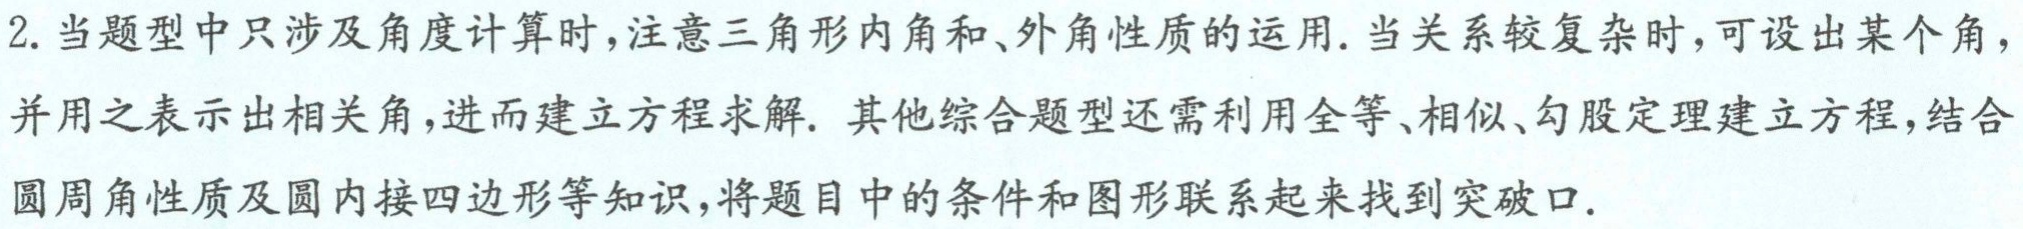
2. 当题型中只涉及角度计算时，注意三角形内角和、外角性质的运用. 当关系较复杂时，可设出某个角，并用之表示出相关角，进而建立方程求解. 其他综合题型还需利用全等、相似、勾股定理建立方程，结合圆周角性质及圆内接四边形等知识，将题目中的条件和图形联系起来找到突破口.